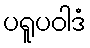
ပရူပဝါဒံ